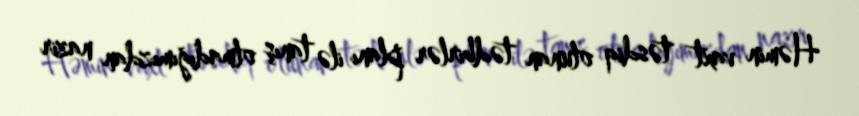
Həmin vaxt təsdiq olunan tədbirlər planı ilə tanış olmadığımızdan nazir